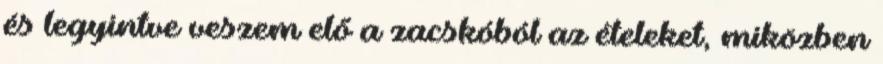
és legyintve veszem elő a zacskóból az ételeket, miközben